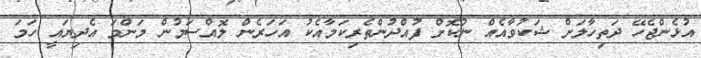
އުޅެންޖެހޭ ދަތިހާލަށް ޝަކުވާއެއް ނުކޮށް ފުއްދުންތެރިކަމާއެކު އަހަރެން ލޮއްސަމުން މަންމަ އެދިޔައީ ހަމަ